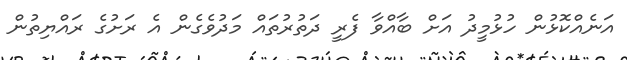
އަނެއްކޮޅުން ހުޅުމީދު އަށް ބާއްވާ ފެރީ ދަތުރުތައް މަދުވެގެން އެ ރަށުގެ ރައްޔިތުން